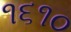
૧૬૧૦